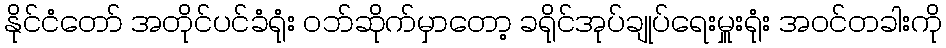
နိုင်ငံတော် အတိုင်ပင်ခံရုံး ဝဘ်ဆိုက်မှာတော့ ခရိုင်အုပ်ချုပ်ရေးမှူးရုံး အဝင်တခါးကို